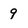
Character: 9